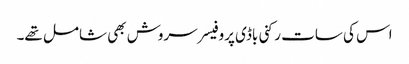
اس کی سات رکنی باڈی پروفیسر سروش بھی شامل تھے۔